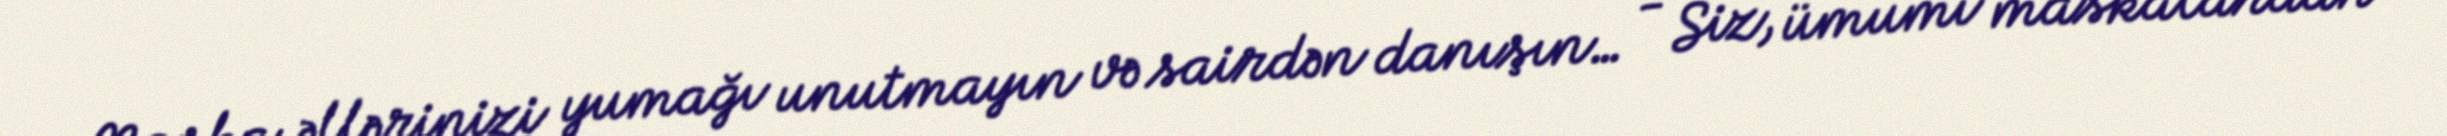
Maska, əllərinizi yumağı unutmayın və sairdən danışın… - Siz, ümumi maskalardan